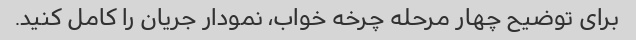
برای توضیح چهار مرحله چرخه خواب، نمودار جریان را کامل کنید.